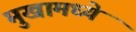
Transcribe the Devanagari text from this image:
मुखामध्ये